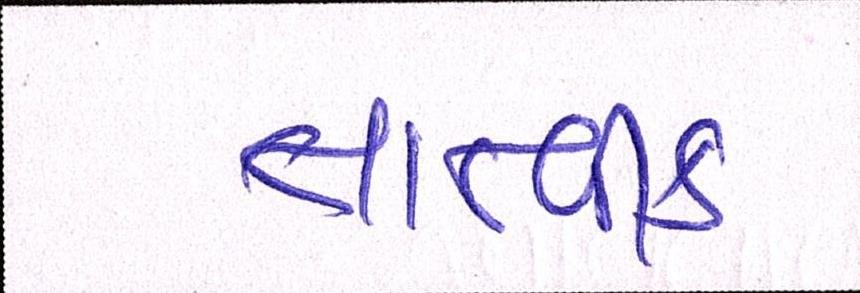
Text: તાત્વીક